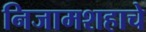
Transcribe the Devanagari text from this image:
निजामशहाचे